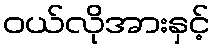
ဝယ်လိုအားနှင့်